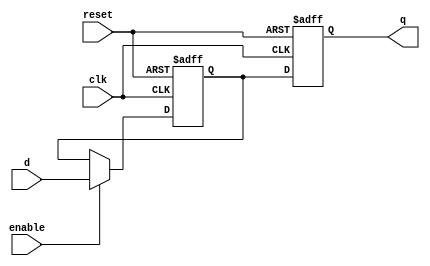
module transparent_latch_d_ff (
    input wire clk,
    input wire reset,
    input wire enable,
    input wire d,
    output reg q
);

reg temp;

// Transparent latch
always @(posedge clk or posedge reset) begin
    if (reset) begin
        temp <= 1'b0;
    end else begin
        if (enable) begin
            temp <= d;
        end
    end
end

// D flip-flop
always @(posedge clk or posedge reset) begin
    if (reset) begin
        q <= 1'b0;
    end else begin
        q <= temp;
    end
end

endmodule